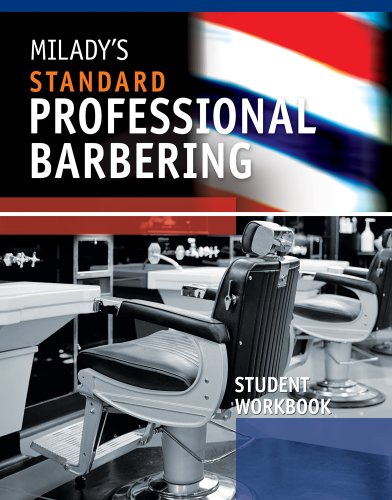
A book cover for Student Workbook for Milady's Standard Professional Barbering; Milady; Health, Fitness & Dieting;